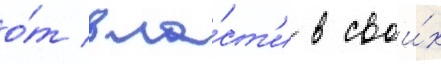
о́т вла́ст'и в свои́х